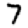
Digit: 7